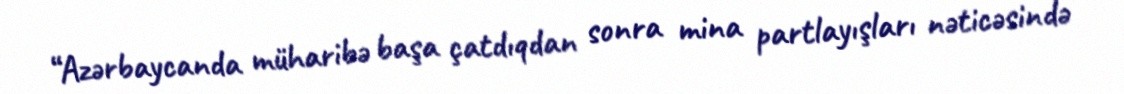
“Azərbaycanda müharibə başa çatdıqdan sonra mina partlayışları nəticəsində